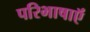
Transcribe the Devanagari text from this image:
परिभाषाऍं